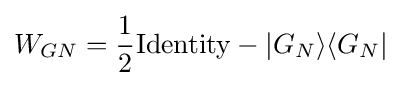
W_{GN}={\frac {1}{2}}{\rm {Identity}}-|G_{N}\rangle \langle G_{N}|